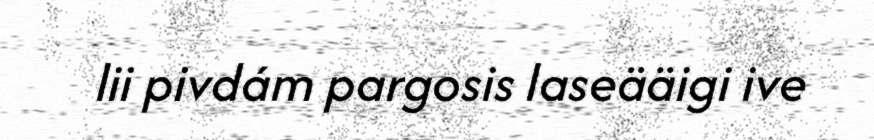
lii pivdám pargosis laseääigi ive